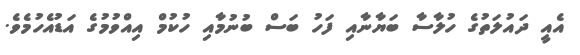
އެއީ ދައުލަތުގެ ހުލާސާ ބަޔާނާއި ފަހު ބަސް ބުނުމާއި ހުކުމް އިއްވުމުގެ އަޑުއެހުމެވެ.